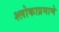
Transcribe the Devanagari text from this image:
श्लोकाप्रमाणे